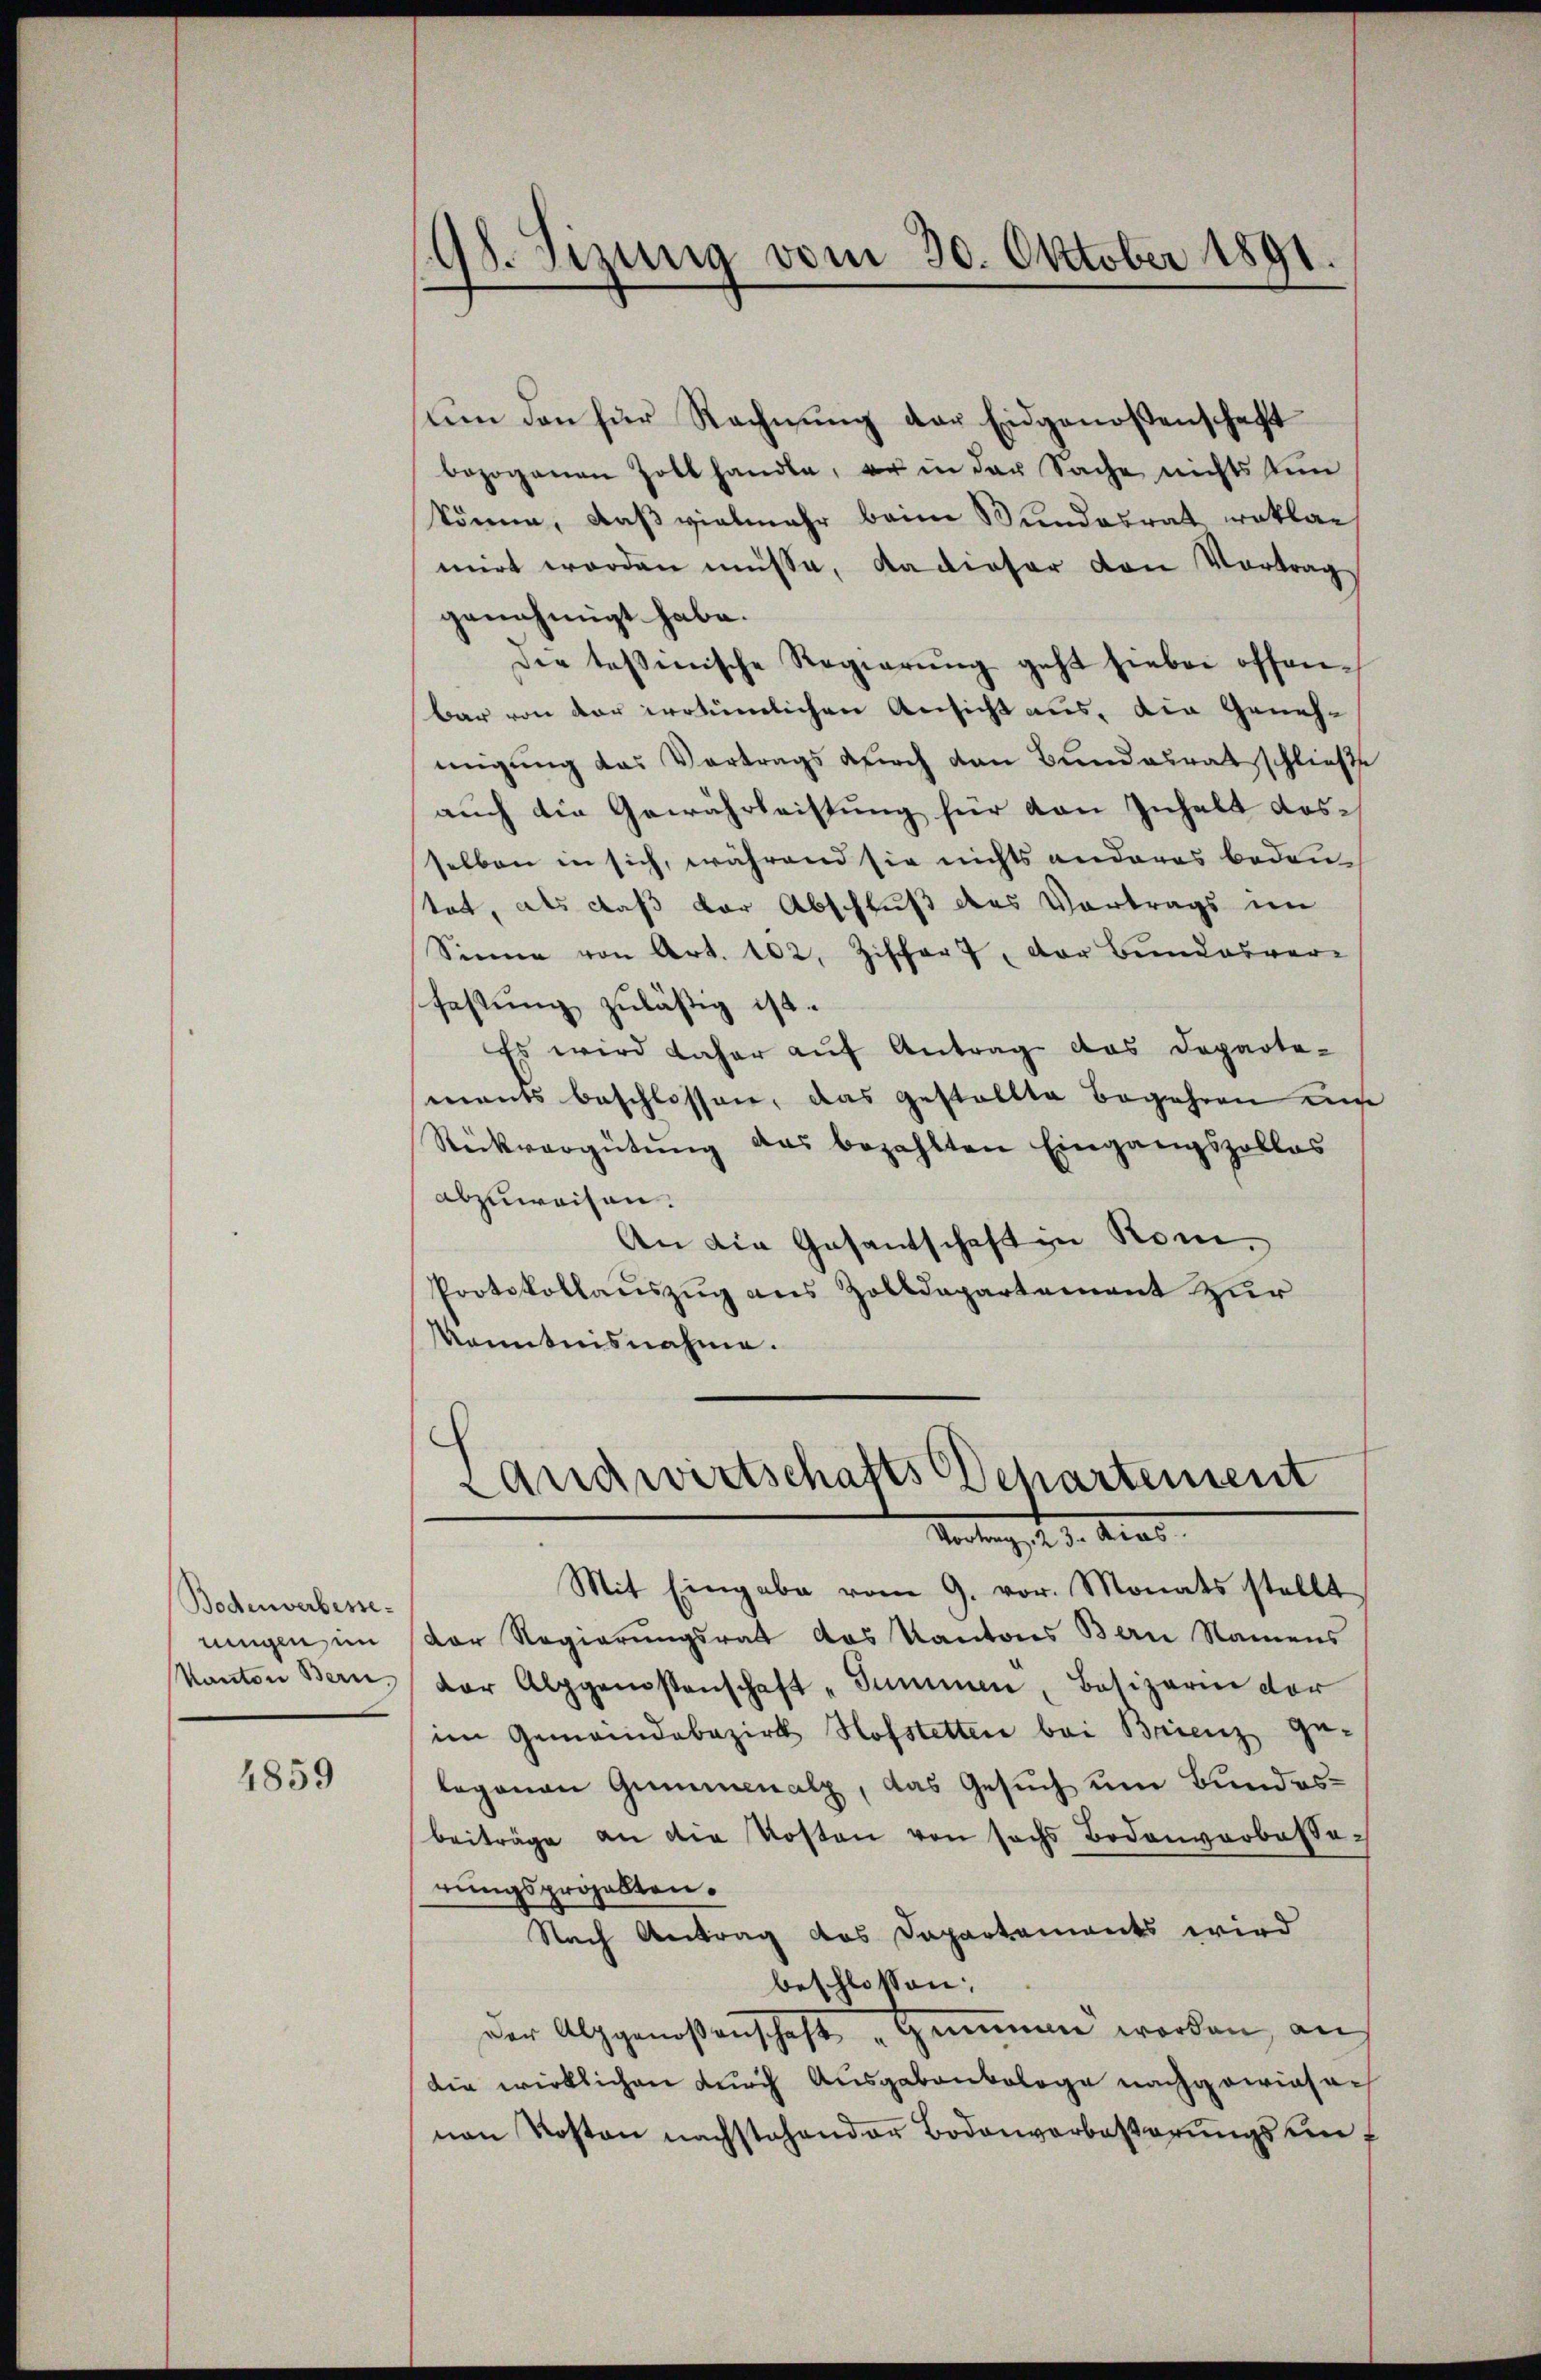
Bodenverbesse.
ningen, im
Kanton Bern

4859

91. Sizung vom 30. Oktober 1891.

um den für Rechnung der Eidgenossenschaft
bezogenen Zoll handle, er in der Sache nichts kün
könne, daß vielmehr beim Bundesrat erklae
mirt worden müsse, da dieser von Vortrag
genehmigt habe.
Die tessinische Regierŭng geht hiebei offenbar von der irrtümlichen Ansicht aus, die Genehmigung das Vertrags durch den Bundesrat schließe
auch die Gewährleistung für von Inhalt desselben in sich, während sie nichts anderes bedeu-
tat, als daß der Abschluß des Vortrags im
Sinne von Art. 102, Ziffert, der Bundesver-
fastung zuläßig ist.
Es wird daher aŭf Antrag das Departe-
mants beschlossen, das Gestallte Begehren un
Rückvergütung das bezahlten Eingangszollas
abzuweisen.
An die Gesantschaft in Rom.
Protokollauszug aus Zolldepartement zur
konntnisnahme.

Landwirtschafts Departement
Vertragst d. Acad

Mit Eingabe vom 9. vor. Monats stellt
dor Regierungsrat das Kantons Berie Namens
der Alpgenossenschaft "Summen, Besizerie der
im Gemeindebezirk Hofstetten bei Brienz ge-
legenen Gummenalp, das Gesuch um Bundesbeiträge an die Kosten von sechs Bodenwerbesserungsprojekten.
Nach Antrag des Dapartements wird
beschlossen:
Der Alpgenoßenschaft „Gommen worden, an
die wirklichen durch Ausgabenkologe nachgewiesenen Kosten nachstehender Bodenverbesserŭngsan¬